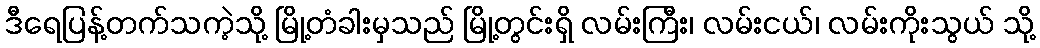
ဒီရေပြန့်တက်သကဲ့သို့ မြို့တံခါးမှသည် မြို့တွင်းရှိ လမ်းကြီး၊ လမ်းငယ်၊ လမ်းကိုးသွယ် သို့